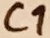
Text: C1